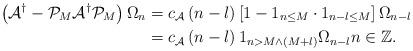
LaTeX: \begin{align*}\left( \mathcal{A}^{\dag}-\mathcal{P}_{M}\mathcal{A}^{\dag}\mathcal{P}_{M}\right) \Omega_{n} & =c_{\mathcal{A}}\left( n-l\right) \left[1-1_{n\leq M}\cdot1_{n-l\leq M}\right] \Omega_{n-l}\\& =c_{\mathcal{A}}\left( n-l\right) 1_{n>M\wedge\left( M+l\right) }\Omega_{n-l}n\in\mathbb{Z}.\end{align*}